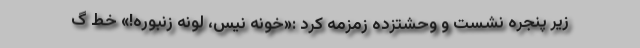
زیر پنجره نشست و وحشتزده زمزمه کرد :«خونه نیس، لونه زنبوره!» خط گ